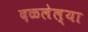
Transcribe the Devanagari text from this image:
दळलेल्या